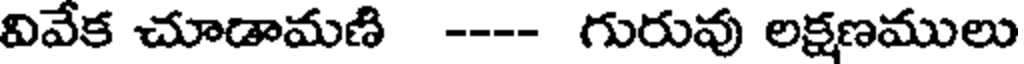
వివేక చూడామణి ---- గురువు లక్షణములు